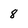
Character: 8